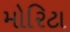
મોરિટા